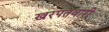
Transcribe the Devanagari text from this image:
खरपतवारी